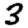
Digit: 3